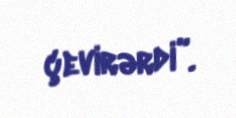
çevirərdi”.